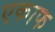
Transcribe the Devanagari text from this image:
एकाफ